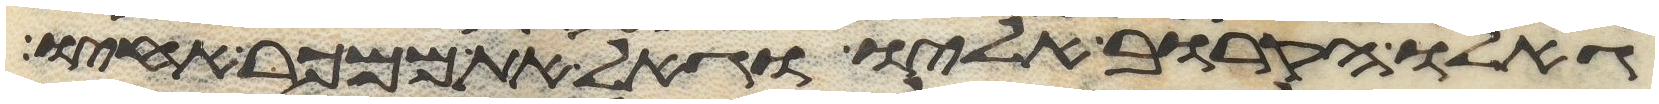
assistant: גאלו הקרוב אליו וגאל את ממכר אחיו